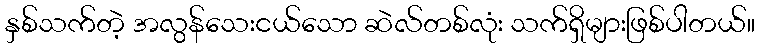
နှစ်သက်တဲ့ အလွန်သေးငယ်သော ဆဲလ်တစ်လုံး သက်ရှိများဖြစ်ပါတယ်။